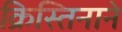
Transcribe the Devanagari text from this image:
क्रिस्तिनाने